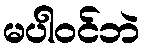
မပါဝင်ဘဲ